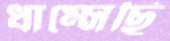
ধাম্‌সেছি